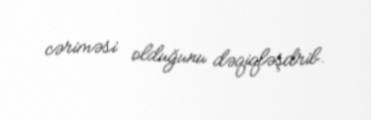
cəriməsi olduğunu dəqiqləşdrib.